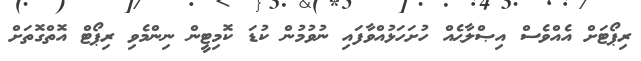
ރިޕޯޓަށް އެއްވެސް އިޞްލާޙެއް ހުށަހަޅުއްވާފައި ނުވުމުން ކުޑަ ކޮމިޓީން ނިންމެވި ރިޕޯޓް އޮތްގޮތަށް